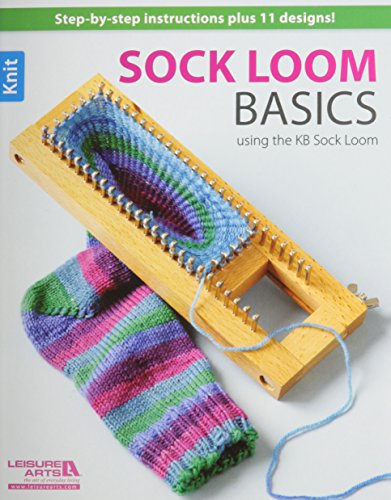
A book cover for Sock Loom Basics (Leisure Arts #5651); Leisure Arts; Crafts, Hobbies & Home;